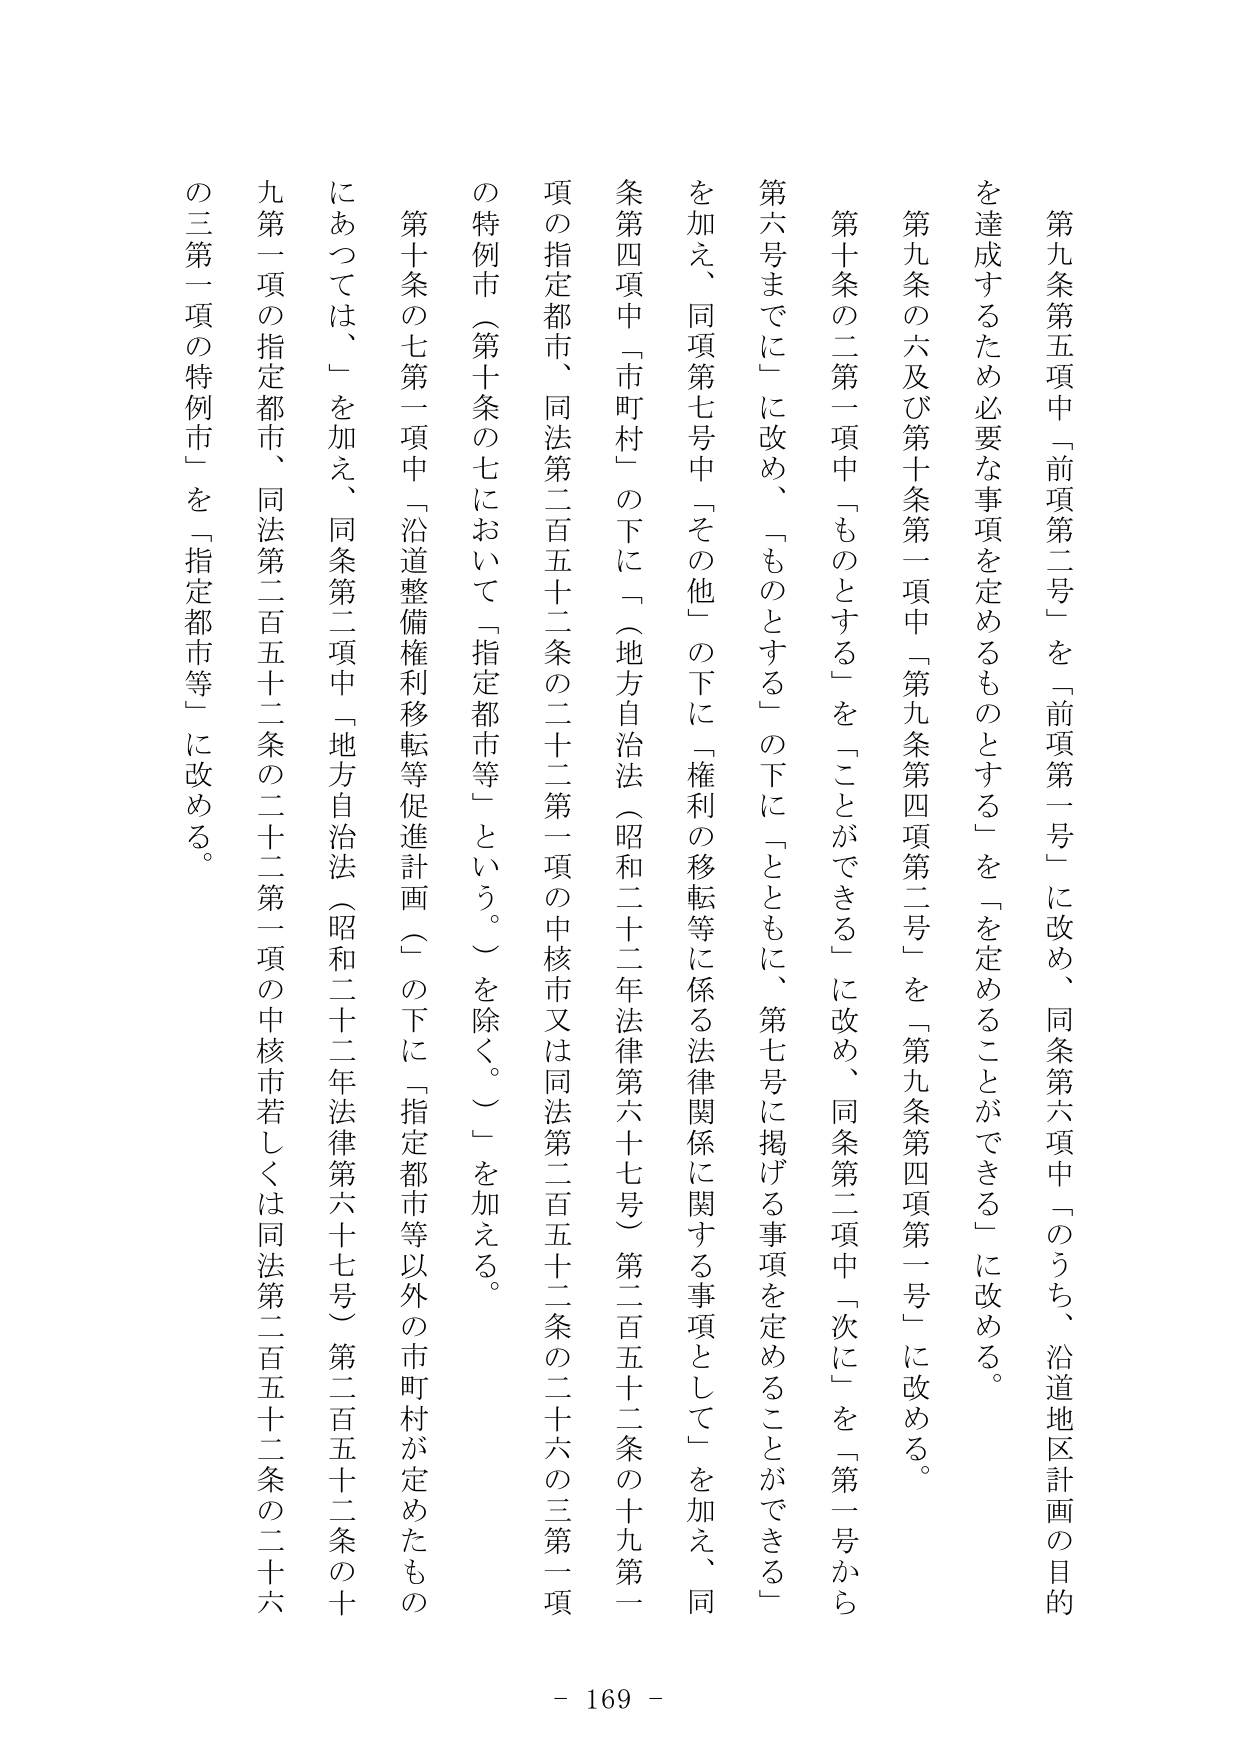
第九条第五項中「前項第二号」を「前項第一号」に改め、同条第六項中「のうち、沿道地区計画の目的を達成するため必要な事項を定めるものとする」を「を定めることができる」に改める。

第九条の六及び第十条第一項中「第九条第四項第二号」を「第九条第四項第一号」に改める。

第十条の二第一項中「ものとする」を「ことができる」に改め、同条第二項中「次に」を「第一号から第六号までに」に改め、「ものとする」の下に「とともに、第七号に掲げる事項を定めることができる」を加え、同項第七号中「その他」の下に「権利の移転等に係る法律関係に関する事項として」を加え、同条第四項中「市町村」の下に「（地方自治法（昭和二十二年法律第六十七号）第二百五十二条の十九第一項の指定都市、同法第二百五十二条の二十二第一項の中核市又は同法第二百五十二条の二十六の三第一項の特例市（第十条の七において「指定都市等」という。）を除く。）」を加える。

第十条の七第一項中「沿道整備権利移転等促進計画（」の下に「指定都市等以外の市町村が定めたものにあっては、」を加え、同条第二項中「地方自治法（昭和二十二年法律第六十七号）第二百五十二条の十九第一項の指定都市、同法第二百五十二条の二十二第一項の中核市若しくは同法第二百五十二条の二十六の三第一項の特例市」を「指定都市等」に改める。

- 169 -